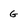
Character: g